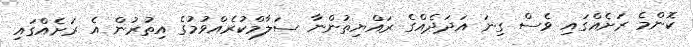
ކޮންމެ ރަށެއްގައި ވެސް ގިނަ އަދަދެއްގެ ރައްޔިތުންނާ ސަލާމްކުރެއްވުމުގެ އިތުރުން އެ ރަށެއްގައި